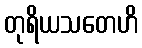
တုရိယသတေဟိ